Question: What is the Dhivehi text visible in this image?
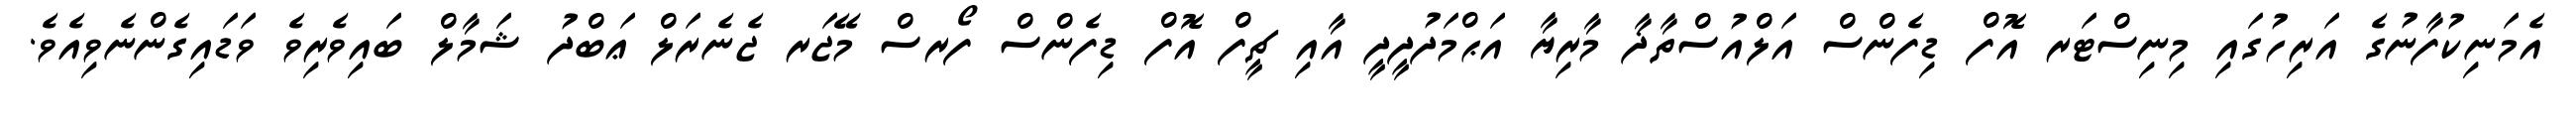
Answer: އެމަނިކުފާނުގެ އަރިހުގައި މިނިސްޓަރ އޮފް ޑިފެންސް އަލްއުސްތާޛާ މާރިޔާ އަޙްމަދުދީދީ އާއި ޗީފް އޮފް ޑިފެންސް ފޯރސް މޭޖަރ ޖެނެރަލް ޢަބްދު ޝަމާލް ބައިވެރިވެ ވަޑައިގެންނެވިއެވެ.